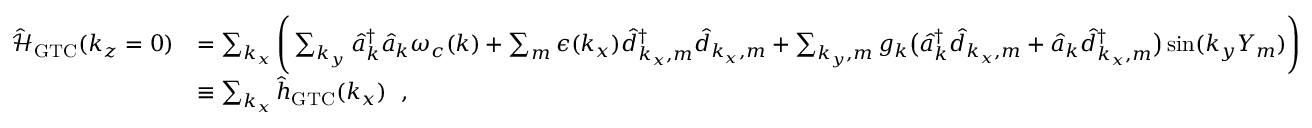
\begin{array} { r l } { \mathcal { \hat { H } } _ { \mathrm { G T C } } ( k _ { z } = 0 ) } & { = \sum _ { k _ { x } } \Bigg ( \sum _ { k _ { y } } \hat { a } _ { \boldsymbol k } ^ { \dagger } \hat { a } _ { \boldsymbol k } \omega _ { c } ( { \boldsymbol k } ) + \sum _ { m } \epsilon ( k _ { x } ) \hat { d } _ { k _ { x } , m } ^ { \dagger } \hat { d } _ { k _ { x } , m } + \sum _ { { k _ { y } } , m } g _ { \boldsymbol k } \big ( \hat { a } _ { { \boldsymbol k } } ^ { \dagger } \hat { d } _ { k _ { x } , m } + \hat { a } _ { { \boldsymbol k } } \hat { d } _ { k _ { x } , m } ^ { \dagger } \big ) \sin ( { k _ { y } } Y _ { m } ) \Bigg ) } \\ & { \equiv \sum _ { k _ { x } } \hat { h } _ { \mathrm { G T C } } ( k _ { x } ) ~ ~ , } \end{array}